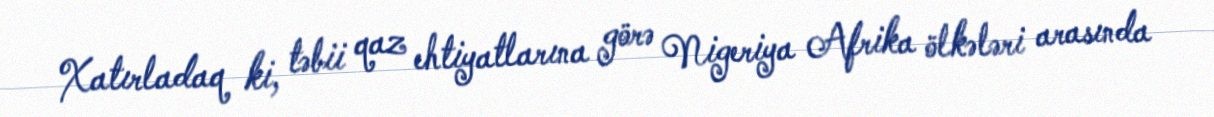
Xatırladaq ki, təbii qaz ehtiyatlarına görə Nigeriya Afrika ölkələri arasında